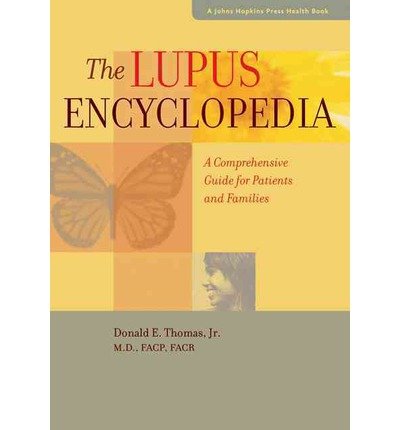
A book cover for A Comprehensive Guide for Patients and Families The Lupus Encyclopedia (A Johns Hopkins Press Health Book) (Paperback) - Common; by Donald E. Thomas Jr. MD FACP FACR; Health, Fitness & Dieting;